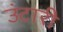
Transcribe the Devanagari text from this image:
उंटारी